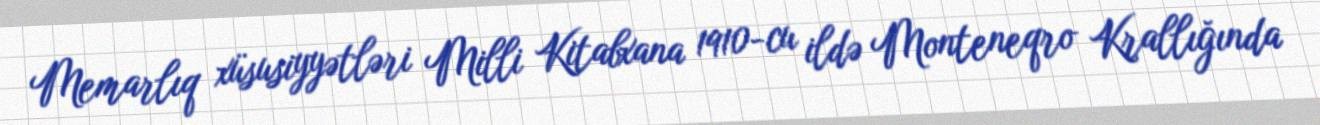
Memarlıq xüsusiyyətləri Milli Kitabxana 1910-cu ildə Monteneqro Krallığında